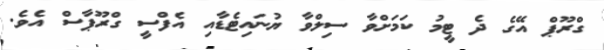
ގްރޫޕް އޭގެ ދެ ޓީމު ކަމަށްވާ ސިލްވާ ޔުނައިޓެޑާއި އެފްސީ ގްރޫޕާސް އެވެ.